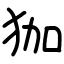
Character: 㹢